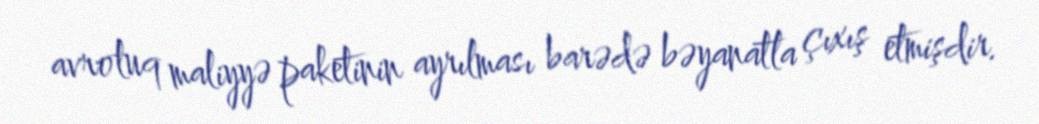
avroluq maliyyə paketinin ayrılması barədə bəyanatla çıxış etmişdir.